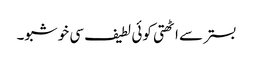
بستر سے اٹھتی کوئی لطیف سی خوشبو۔